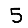
Digit: 5